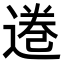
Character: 𫟩